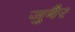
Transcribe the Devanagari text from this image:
जु़बैर